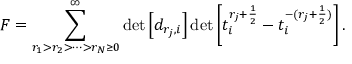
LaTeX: { \cal F } = \sum _ { r _ { 1 } > r _ { 2 } > \cdots > r _ { N } \geq 0 } ^ { \infty } \operatorname * { d e t } \left[ d _ { r _ { j } , i } \right] \operatorname * { d e t } \left[ t _ { i } ^ { r _ { j } + \frac { 1 } { 2 } } - t _ { i } ^ { - ( r _ { j } + \frac { 1 } { 2 } ) } \right] .